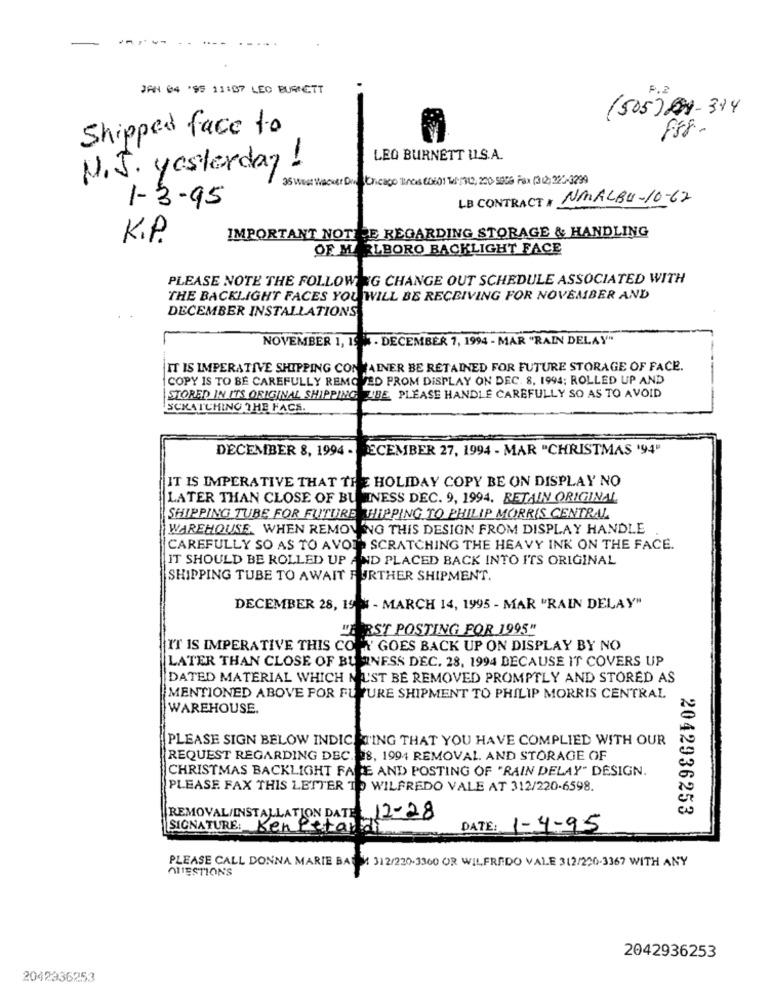
JAN 04 '95 11:07 LEO BURNETT
(505)01-384
Shipped face to
F58-
LEO BURNETT U.S.A.
N.J. yesterday!
35 west WackerDm Chicago linas 20601 Tl:30, 220 5009 Fax (3 2)223-3299
LB CONTRACT A NMALBU-10-67
1-3-95
K.P.
IMPORTANT NOTICE REGARDING STORAGE & HANDLING
OF MARLBORO BACKLIGHT FACE
PLEASE NOTE THE FOLLOW IG CHANGE OUT SCHEDULE ASSOCIATED WITH
THE BACKLIGHT FACES YOU WILL BE RECEIVING FOR NOVEMBER AND
DECEMBER INSTALLATIONS
NOVEMBER 1, 19 . DECEMBER 7, 1994 - MAR "RAIN DELAY"
IT IS IMPERATIVE SHIPPING CONTAINER BE RETAINED FOR FUTURE STORAGE OF FACE.
COPY IS TO BE CAREFULLY REMOVED PROM DISPLAY ON DEC. 8, 1994; ROLLED UP AND
STORED IN ITS ORIGINAL SHIPPING L'BE, PLEASE HANDLE CAREFULLY SO AS TO AVOID
SCRATCHING THE FACE.
DECEMBER 8, 1994 - DECEMBER 27, 1994 - MAR "CHRISTMAS '94'
IT IS IMPERATIVE THAT THE HOLIDAY COPY BE ON DISPLAY NO
LATER THAN CLOSE OF BUSINESS DEC. 9, 1994. RETAIN ORIGINAL
SHIPPING TUBE FOR FUTURE HIPPING TO PHILIP MORRIS CENTRAL
WAREHOUSE. WHEN REMOVING THIS DESIGN FROM DISPLAY HANDLE
CAREFULLY SO AS TO AVOR SCRATCHING THE HEAVY INK ON THE FACE.
IT SHOULD BE ROLLED UP AND PLACED BACK INTO ITS ORIGINAL
SHIPPING TUBE TO AWAIT FURTHER SHIPMENT.
DECEMBER 28, 19 % - MARCH 14, 1995 - MAR "RAIN DELAY"
"ERST POSTING FOR 1995"
IT IS IMPERATIVE THIS COPY GOES BACK UP ON DISPLAY BY NO
LATER THAN CLOSE OF BUSINESS DEC. 28, 1994 BECAUSE IT COVERS UP
DATED MATERIAL WHICH MUST BE REMOVED PROMPTLY AND STORED AS
MENTIONED ABOVE FOR FUTURE SHIPMENT TO PHILIP MORRIS CENTRAL
WAREHOUSE.
PLEASE SIGN BELOW INDICATING THAT YOU HAVE COMPLIED WITH OUR
REQUEST REGARDING DEC. 98, 1994 REMOVAL. AND STORAGE OF
CHRISTMAS BACKLIGHT FARE AND POSTING OF "RAIN DELAY" DESIGN.
PLEASE FAX THIS LETTER TO WILFREDO VALE AT 312/220-6598.
2042936253
REMOVAL/INSTALLATION DATE: 12-28
SIGNATURE: KenPetartal
DATE: 1-4-95
PLEASE CALL DONNA MARIE BA: 1 312/230.3360 OR WILFREDO VALE 312/220-3367 WITH ANY
QUESTIONS
2042936253
2042336253